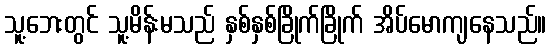
သူ့ဘေးတွင် သူ့မိန်းမသည် နှစ်နှစ်ခြိုက်ခြိုက် အိပ်မောကျနေသည်။